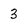
Character: 3